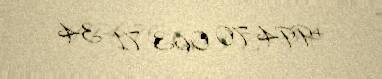
+994 70 063 71 34